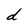
Character: d